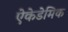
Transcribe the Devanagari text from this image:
ऐकेडेमिक